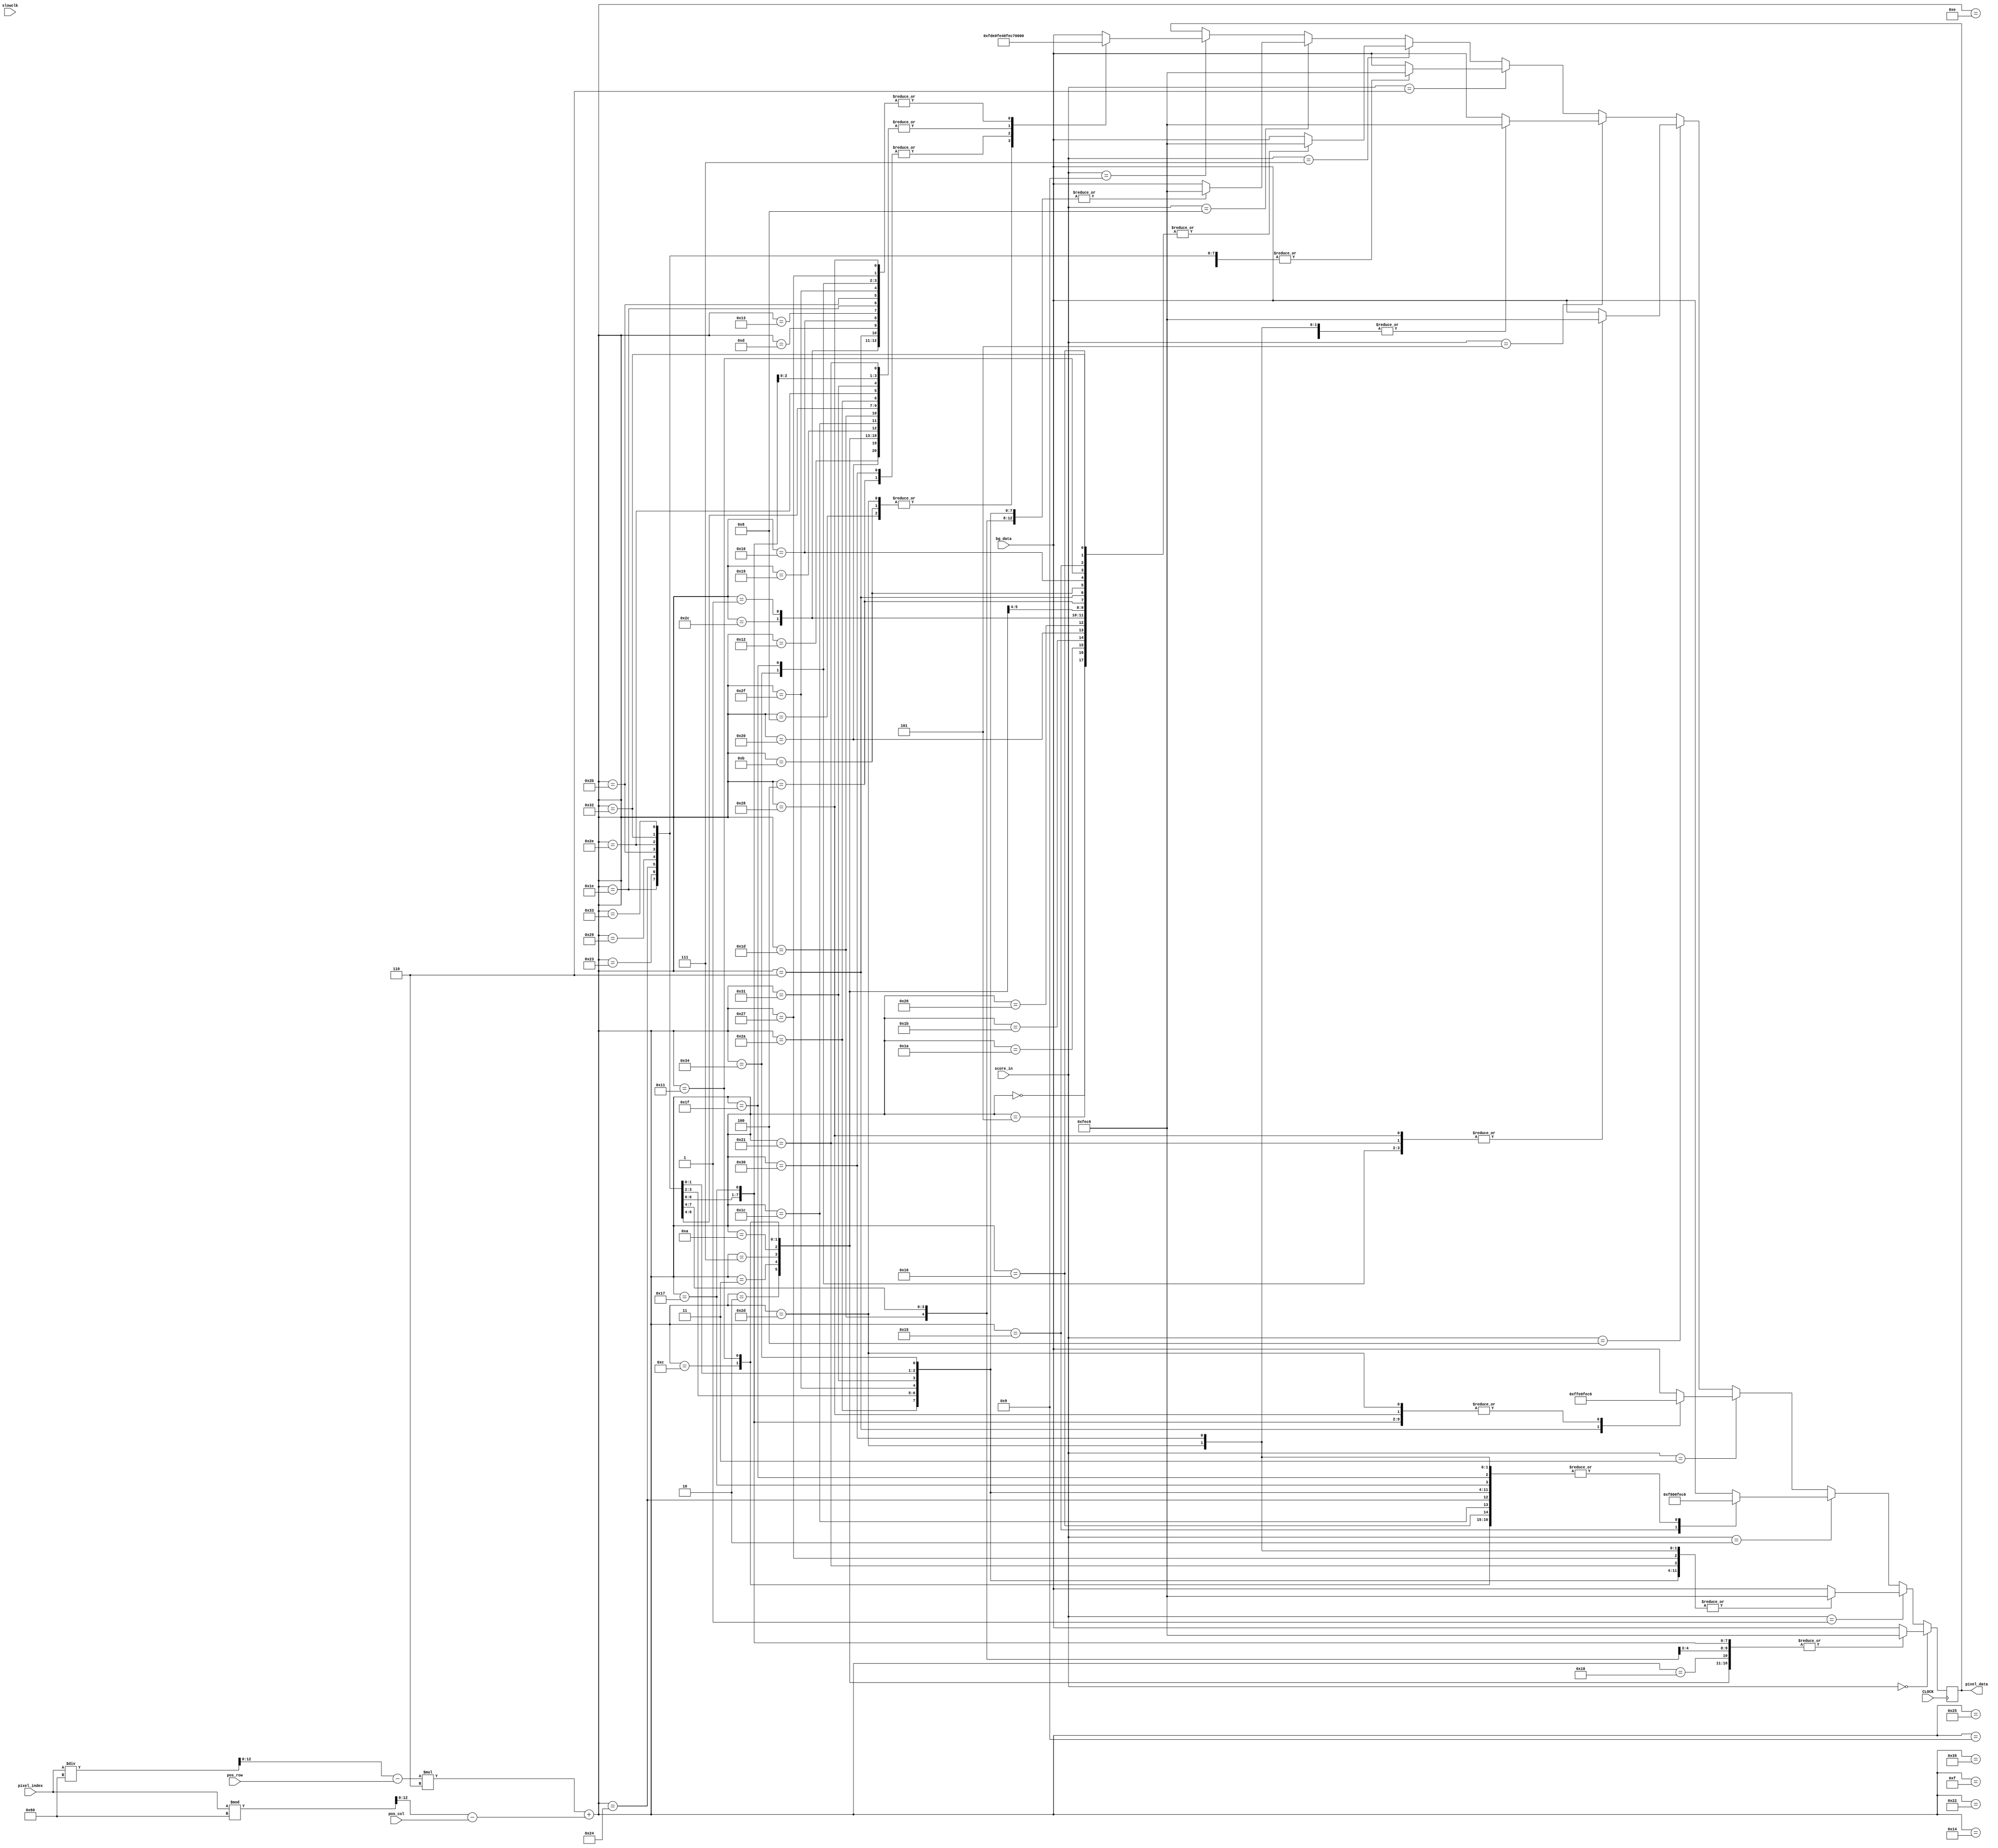
`timescale 1ns / 1ps
//////////////////////////////////////////////////////////////////////////////////
// Company: 
// Engineer: 
// 
// Design Name: 
// Module Name: score_board
// Project Name: 
// Target Devices: 
// Tool Versions: 
// Description: 
// 
// Dependencies: 
// 
// Revision:
// Revision 0.01 - File Created
// Additional Comments:
// 
//////////////////////////////////////////////////////////////////////////////////

module score_board(
input CLOCK,
input slowclk,
input [15:0]bg_data,
output reg [15:0] pixel_data,
input [12:0]pixel_index,
input [4:0]score_in,
input [12:0]pos_row,
input [12:0]pos_col
    );
    reg [2:0]count;
    reg [12:0]row;
    reg [12:0]col;
    reg [12:0]track_index;
    reg [31:0] frame_count = 0;
    reg [4:0] score;
    
    always @ (posedge CLOCK) begin
        row = pixel_index / 96 - pos_row;
        col = pixel_index % 96 - pos_col;
        track_index = row*6 + col;
        score = score_in;
        if (score == 0) begin
            case (track_index)
            2: pixel_data = 16'b1111111011000110;
            3: pixel_data = 16'b1111111011000110;
            7: pixel_data = 16'b1111111011000110;
            10: pixel_data = 16'b1111111011000110;
            12: pixel_data = 16'b1111111011000110;
            17: pixel_data = 16'b1111111011000110;
            18: pixel_data = 16'b1111111011000110;
            23: pixel_data = 16'b1111111011000110;
            24: pixel_data = 16'b1111111011000110;
            29: pixel_data = 16'b1111111011000110;
            30: pixel_data = 16'b1111111011000110;
            35: pixel_data = 16'b1111111011000110;
            36: pixel_data = 16'b1111111011000110;
            41: pixel_data = 16'b1111111011000110;
            43: pixel_data = 16'b1111111011000110;
            46: pixel_data = 16'b1111111011000110;
            50: pixel_data = 16'b1111111011000110;
            51: pixel_data = 16'b1111111011000110;
            default: pixel_data = bg_data;
            endcase
        end
        
        else if (score == 1) begin
            case (track_index)
            2: pixel_data = 16'b1111111011000110;
            3: pixel_data = 16'b1111111011000110;
            7: pixel_data = 16'b1111111011000110;
            8: pixel_data = 16'b1111111011000110;
            9: pixel_data = 16'b1111111011000110;
            12: pixel_data = 16'b1111111011000110;
            13: pixel_data = 16'b1111111011000110;
            14: pixel_data = 16'b1111111011000110;
            15: pixel_data = 16'b1111111011000110;
            20: pixel_data = 16'b1111111011000110;
            21: pixel_data = 16'b1111111011000110;
            26: pixel_data = 16'b1111111011000110;
            27: pixel_data = 16'b1111111011000110;
            32: pixel_data = 16'b1111111011000110;
            33: pixel_data = 16'b1111111011000110;
            38: pixel_data = 16'b1111111011000110;
            39: pixel_data = 16'b1111111011000110;
            42: pixel_data = 16'b1111111011000110;
            43: pixel_data = 16'b1111111011000110;
            44: pixel_data = 16'b1111111011000110;
            45: pixel_data = 16'b1111111011000110;
            46: pixel_data = 16'b1111111011000110;
            47: pixel_data = 16'b1111111011000110;
            48: pixel_data = 16'b1111111011000110;
            49: pixel_data = 16'b1111111011000110;
            50: pixel_data = 16'b1111111011000110;
            51: pixel_data = 16'b1111111011000110;
            52: pixel_data = 16'b1111111011000110;
            53: pixel_data = 16'b1111111011000110;
            default: pixel_data = bg_data;
            endcase
        end
        
        else if (score == 2) begin
            case (track_index)
            1: pixel_data = 16'b1111111011000110;
            2: pixel_data = 16'b1111111011000110;
            3: pixel_data = 16'b1111111011000110;
            4: pixel_data = 16'b1111111011000110;
            6: pixel_data = 16'b1111111011000110;
            7: pixel_data = 16'b1111111011000110;
            10: pixel_data = 16'b1111111011000110;
            11: pixel_data = 16'b1111111011000110;
            12: pixel_data = 16'b1111111011000110;
            17: pixel_data = 16'b1111111011000110;
            21: pixel_data = 16'b1111100000000000;
            22: pixel_data = 16'b1111111011000110;
            23: pixel_data = 16'b1111111011000110;
            26: pixel_data = 16'b1111111011000110;
            27: pixel_data = 16'b1111111011000110;
            28: pixel_data = 16'b1111111011000110;
            31: pixel_data = 16'b1111111011000110;
            32: pixel_data = 16'b1111111011000110;
            36: pixel_data = 16'b1111111011000110;
            37: pixel_data = 16'b1111111011000110;
            42: pixel_data = 16'b1111111011000110;
            43: pixel_data = 16'b1111111011000110;
            44: pixel_data = 16'b1111111011000110;
            45: pixel_data = 16'b1111111011000110;
            46: pixel_data = 16'b1111111011000110;
            47: pixel_data = 16'b1111111011000110;
            48: pixel_data = 16'b1111111011000110;
            49: pixel_data = 16'b1111111011000110;
            50: pixel_data = 16'b1111111011000110;
            51: pixel_data = 16'b1111111011000110;
            52: pixel_data = 16'b1111111011000110;
            53: pixel_data = 16'b1111111011000110;
            default: pixel_data = bg_data;
            endcase
        end
        
        else if (score == 3) begin
            case (track_index)
            2: pixel_data = 16'b1111111011000110;
            3: pixel_data = 16'b1111111011000110;
            6: pixel_data = 16'b1111111111100000;
            7: pixel_data = 16'b1111111011000110;
            8: pixel_data = 16'b1111111011000110;
            9: pixel_data = 16'b1111111011000110;
            10: pixel_data = 16'b1111111011000110;
            12: pixel_data = 16'b1111111011000110;
            16: pixel_data = 16'b1111111011000110;
            17: pixel_data = 16'b1111111011000110;
            22: pixel_data = 16'b1111111011000110;
            23: pixel_data = 16'b1111111011000110;
            26: pixel_data = 16'b1111111011000110;
            27: pixel_data = 16'b1111111011000110;
            28: pixel_data = 16'b1111111011000110;
            34: pixel_data = 16'b1111111011000110;
            35: pixel_data = 16'b1111111011000110;
            36: pixel_data = 16'b1111111011000110;
            40: pixel_data = 16'b1111111011000110;
            41: pixel_data = 16'b1111111011000110;
            43: pixel_data = 16'b1111111011000110;
            44: pixel_data = 16'b1111111011000110;
            45: pixel_data = 16'b1111111011000110;
            46: pixel_data = 16'b1111111011000110;
            50: pixel_data = 16'b1111111011000110;
            51: pixel_data = 16'b1111111011000110;
            default: pixel_data = bg_data;
            endcase
        end
        
        else if (score == 4) begin
            case (track_index)
            3: pixel_data = 16'b1111111011000110;
            4: pixel_data = 16'b1111111011000110;
            8: pixel_data = 16'b1111111011000110;
            9: pixel_data = 16'b1111111011000110;
            10: pixel_data = 16'b1111111011000110;
            13: pixel_data = 16'b1111111011000110;
            14: pixel_data = 16'b1111111011000110;
            16: pixel_data = 16'b1111111011000110;
            19: pixel_data = 16'b1111111011000110;
            22: pixel_data = 16'b1111111011000110;
            24: pixel_data = 16'b1111111011000110;
            25: pixel_data = 16'b1111111011000110;
            28: pixel_data = 16'b1111111011000110;
            30: pixel_data = 16'b1111111011000110;
            31: pixel_data = 16'b1111111011000110;
            32: pixel_data = 16'b1111111011000110;
            33: pixel_data = 16'b1111111011000110;
            34: pixel_data = 16'b1111111011000110;
            35: pixel_data = 16'b1111111011000110;
            40: pixel_data = 16'b1111111011000110;
            46: pixel_data = 16'b1111111011000110;
            52: pixel_data = 16'b1111111011000110;
            default: pixel_data = bg_data;
            endcase
        end
        
        else if (score == 5) begin
            case (track_index)
            0: pixel_data = 16'b1111111011000110;
            1: pixel_data = 16'b1111111011000110;
            2: pixel_data = 16'b1111111011000110;
            3: pixel_data = 16'b1111111011000110;
            4: pixel_data = 16'b1111111011000110;
            5: pixel_data = 16'b1111111011000110;
            6: pixel_data = 16'b1111111011000110;
            7: pixel_data = 16'b1111111011000110;
            8: pixel_data = 16'b1111111011000110;
            9: pixel_data = 16'b1111111011000110;
            10: pixel_data = 16'b1111111011000110;
            11: pixel_data = 16'b1111111011000110;
            12: pixel_data = 16'b1111111011000110;
            18: pixel_data = 16'b1111111011000110;
            24: pixel_data = 16'b1111111011000110;
            25: pixel_data = 16'b1111111011000110;
            26: pixel_data = 16'b1111111011000110;
            27: pixel_data = 16'b1111111011000110;
            28: pixel_data = 16'b1111111011000110;
            34: pixel_data = 16'b1111111011000110;
            35: pixel_data = 16'b1111111011000110;
            41: pixel_data = 16'b1111111011000110;
            45: pixel_data = 16'b1111111011000110;
            46: pixel_data = 16'b1111111011000110;
            47: pixel_data = 16'b1111111011000110;
            48: pixel_data = 16'b1111111011000110;
            49: pixel_data = 16'b1111111011000110;
            50: pixel_data = 16'b1111111011000110;
            51: pixel_data = 16'b1111111011000110;
            52: pixel_data = 16'b1111111011000110;
            default: pixel_data = bg_data;
            endcase
        end
        
        else if (score == 6) begin
            case (track_index)
            2: pixel_data = 16'b1111111011000110;
            3: pixel_data = 16'b1111111011000110;
            4: pixel_data = 16'b1111111011000110;
            7: pixel_data = 16'b1111111011000110;
            11: pixel_data = 16'b1111111011000110;
            12: pixel_data = 16'b1111111011000110;
            17: pixel_data = 16'b1111111011000110;
            18: pixel_data = 16'b1111111011000110;
            20: pixel_data = 16'b1111111011000110;
            21: pixel_data = 16'b1111111011000110;
            24: pixel_data = 16'b1111111011000110;
            25: pixel_data = 16'b1111111011000110;
            28: pixel_data = 16'b1111111011000110;
            30: pixel_data = 16'b1111111011000110;
            35: pixel_data = 16'b1111111011000110;
            36: pixel_data = 16'b1111111011000110;
            41: pixel_data = 16'b1111111011000110;
            43: pixel_data = 16'b1111111011000110;
            46: pixel_data = 16'b1111111011000110;
            50: pixel_data = 16'b1111111011000110;
            51: pixel_data = 16'b1111111011000110;
            default: pixel_data = bg_data;
            endcase
        end
        
        else if (score == 7) begin
            case (track_index)
            0: pixel_data = 16'b1111111011000110;
            1: pixel_data = 16'b1111111011000110;
            2: pixel_data = 16'b1111111011000110;
            3: pixel_data = 16'b1111111011000110;
            4: pixel_data = 16'b1111111011000110;
            5: pixel_data = 16'b1111111011000110;
            6: pixel_data = 16'b1111111011000110;
            11: pixel_data = 16'b1111111011000110;
            16: pixel_data = 16'b1111111011000110;
            17: pixel_data = 16'b1111111011000110;
            21: pixel_data = 16'b1111111011000110;
            22: pixel_data = 16'b1111111011000110;
            26: pixel_data = 16'b1111111011000110;
            27: pixel_data = 16'b1111111011000110;
            32: pixel_data = 16'b1111111011000110;
            38: pixel_data = 16'b1111111011000110;
            44: pixel_data = 16'b1111111011000110;
            50: pixel_data = 16'b1111111011000110;
            default: pixel_data = bg_data;
            endcase
        end
        
        else if (score == 8) begin
            case (track_index)
            1: pixel_data = 16'b1111111011000110;
            2: pixel_data = 16'b1111111011000110;
            3: pixel_data = 16'b1111111011000110;
            4: pixel_data = 16'b1111111011000110;
            6: pixel_data = 16'b1111111011000110;
            7: pixel_data = 16'b1111111011000110;
            10: pixel_data = 16'b1111111011000110;
            11: pixel_data = 16'b1111111011000110;
            12: pixel_data = 16'b1111111011000110;
            13: pixel_data = 16'b1111111011000110;
            16: pixel_data = 16'b1111111011000110;
            17: pixel_data = 16'b1111111011000110;
            19: pixel_data = 16'b1111111011000110;
            20: pixel_data = 16'b1111111011000110;
            21: pixel_data = 16'b1111111011000110;
            22: pixel_data = 16'b1111111011000110;
            24: pixel_data = 16'b1111111011000110;
            25: pixel_data = 16'b1111111011000110;
            28: pixel_data = 16'b1111111011000110;
            29: pixel_data = 16'b1111111011000110;
            30: pixel_data = 16'b1111111011000110;
            35: pixel_data = 16'b1111111011000110;
            36: pixel_data = 16'b1111111011000110;
            41: pixel_data = 16'b1111111011000110;
            42: pixel_data = 16'b1111111011000110;
            43: pixel_data = 16'b1111111011000110;
            46: pixel_data = 16'b1111111011000110;
            47: pixel_data = 16'b1111111011000110;
            49: pixel_data = 16'b1111111011000110;
            50: pixel_data = 16'b1111111011000110;
            51: pixel_data = 16'b1111111011000110;
            52: pixel_data = 16'b1111111011000110;
            default: pixel_data = bg_data;
            endcase
        end
        
        else if (score == 9) begin
            case (track_index)
            1: pixel_data = 16'b1111111111100000;
            2: pixel_data = 16'b1111111011000110;
            3: pixel_data = 16'b1111111011000110;
            4: pixel_data = 16'b1111111001000000;
            6: pixel_data = 16'b1111111111100000;
            7: pixel_data = 16'b1111111011000110;
            8: pixel_data = 16'b1111110111100000;
            9: pixel_data = 16'b1111111111100000;
            10: pixel_data = 16'b1111111011000110;
            11: pixel_data = 16'b1111110111100000;
            12: pixel_data = 16'b1111111011000110;
            13: pixel_data = 16'b1111111111100000;
            16: pixel_data = 16'b1111111111100000;
            17: pixel_data = 16'b1111111011000110;
            18: pixel_data = 16'b1111111011000110;
            19: pixel_data = 16'b1111111111100000;
            23: pixel_data = 16'b1111111011000110;
            25: pixel_data = 16'b1111111011000110;
            26: pixel_data = 16'b1111111111100000;
            28: pixel_data = 16'b1111111011000110;
            29: pixel_data = 16'b1111111011000110;
            30: pixel_data = 16'b1111111111100000;
            31: pixel_data = 16'b1111111111100000;
            32: pixel_data = 16'b1111111011000110;
            33: pixel_data = 16'b1111111011000110;
            34: pixel_data = 16'b1111111111100000;
            35: pixel_data = 16'b1111111011000110;
            36: pixel_data = 16'b1111111011000110;
            39: pixel_data = 16'b1111111111100000;
            40: pixel_data = 16'b1111111111100000;
            41: pixel_data = 16'b1111111011000110;
            42: pixel_data = 16'b1111111011000110;
            43: pixel_data = 16'b1111111111100000;
            44: pixel_data = 16'b1111111111100000;
            45: pixel_data = 16'b1111110111100000;
            46: pixel_data = 16'b1111111011000110;
            47: pixel_data = 16'b1111111111100000;
            48: pixel_data = 16'b1111111001000000;
            49: pixel_data = 16'b1111111011000110;
            50: pixel_data = 16'b1111111011000110;
            51: pixel_data = 16'b1111111011000110;
            52: pixel_data = 16'b1111111111100000;
            default: pixel_data = bg_data;
            endcase
        end
    end
endmodule